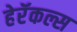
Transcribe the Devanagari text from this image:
हेरॅकल्स